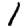
Digit: 1